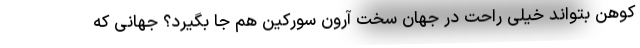
کوهن بتواند خیلی راحت در جهان سخت آرون سورکین هم جا بگیرد؟ جهانی که